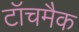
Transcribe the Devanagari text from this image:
टॉचमैक